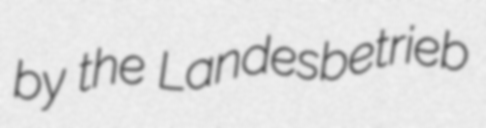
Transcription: by the Landesbetrieb